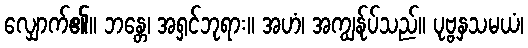
လျှောက်၏။ ဘန္တေ၊ အရှင်ဘုရား။ အဟံ၊ အကျွန်ုပ်သည်။ ပုဗ္ဗနှသမယံ၊